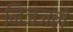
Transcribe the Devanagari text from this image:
निजजले